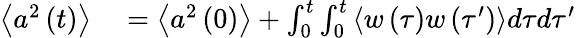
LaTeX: \begin{array}{rl}{\left\langle a^{2}\left(t\right)\right\rangle}&{{}=\left\langle a^{2}\left(0\right)\right\rangle+\int_{0}^{t}\int_{0}^{t}\left\langle w\left(\tau\right)w\left(\tau^{\prime}\right)\right\rangle d\tau d\tau^{\prime}}\end{array}